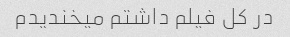
در کل فیلم داشتم میخندیدم